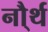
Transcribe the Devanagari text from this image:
नौ्र्थ